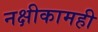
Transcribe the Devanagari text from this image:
नक्षीकामही